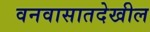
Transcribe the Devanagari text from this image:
वनवासातदेखील